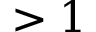
> 1